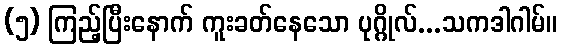
(၅) ကြည့်ပြီးနောက် ကူးခတ်နေသော ပုဂ္ဂိုလ်...သကဒါဂါမ်။